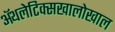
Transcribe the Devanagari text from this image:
ॲथलेटिक्सखालोखाल